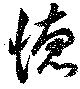
徳